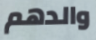
والدهم